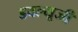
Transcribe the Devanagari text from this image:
डबल्यूजी